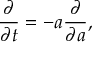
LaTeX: { \frac { \partial } { \partial t } } = - a { \frac { \partial } { \partial a } } ,